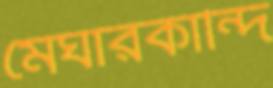
মেঘারকান্দি